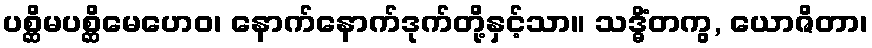
ပစ္ဆိမပစ္ဆိမေဟေဝ၊ နောက်နောက်ဒုက်တို့နှင့်သာ။ သဒ္ဓိံတကွ, ယောဇိတာ၊